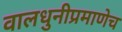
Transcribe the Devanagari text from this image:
वालधुनीप्रमाणेच